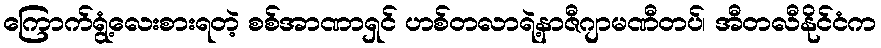
ကြောက်ရွံ့လေးစားရတဲ့ စစ်အာဏာရှင် ဟစ်တလာရဲ့နာဇီဂျာမဏီတပ်၊ အီတလီနိုင်ငံက